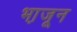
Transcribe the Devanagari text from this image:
भा़जून